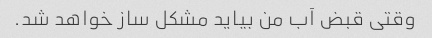
وقتی قبض آب من بیاید مشکل ساز خواهد شد.